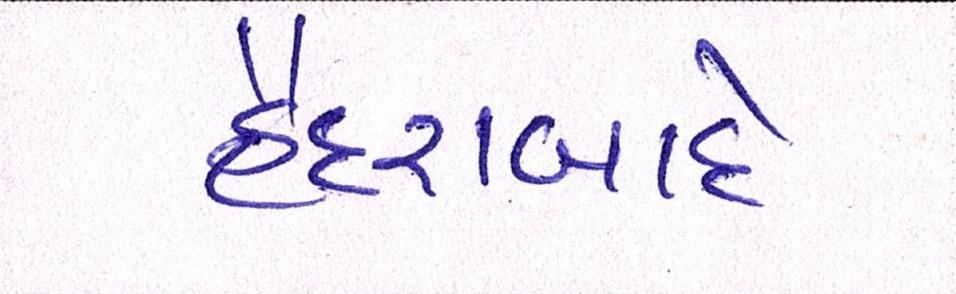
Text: હૈદરાબાદે